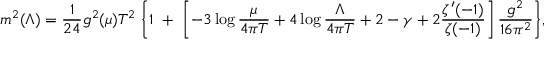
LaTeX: m ^ { 2 } ( \Lambda ) = { \frac { 1 } { 2 4 } } g ^ { 2 } ( \mu ) T ^ { 2 } \; \Bigg \{ 1 \; + \; \left[ - 3 \log { \frac { \mu } { 4 \pi T } } + 4 \log { \frac { \Lambda } { 4 \pi T } } + 2 - \gamma + 2 { \frac { \zeta ^ { \prime } ( - 1 ) } { \zeta ( - 1 ) } } \right] { \frac { g ^ { 2 } } { 1 6 \pi ^ { 2 } } } \Bigg \} ,